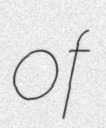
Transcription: of